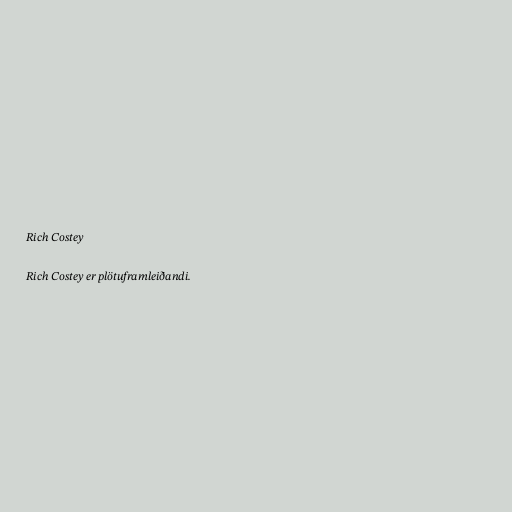
Rich Costey

Rich Costey er plötuframleiðandi.